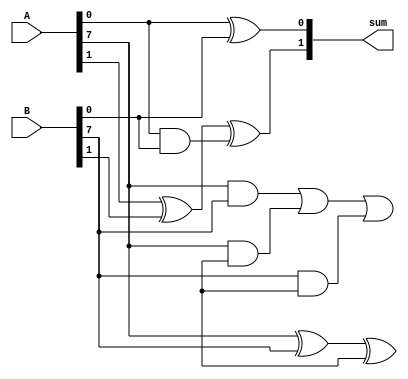
module carry_bypass_adder (
    input wire [7:0] A,
    input wire [7:0] B,
    output reg [8:0] sum
);

reg [7:0] carry;
reg [7:0] temp_sum;

initial begin
    carry[0] = 1'b0;
    temp_sum[0] = A[0] ^ B[0] ^ carry[0];
    carry[1] = (A[0] & B[0]) | (A[0] & carry[0]) | (B[0] & carry[0]);
    temp_sum[1] = A[1] ^ B[1] ^ carry[1];
    
    // The following lines repeat for 6 more full adders
    
    temp_sum[7] = A[7] ^ B[7] ^ carry[7];
    carry[8] = (A[7] & B[7]) | (A[7] & carry[7]) | (B[7] & carry[7]);
    temp_sum[8] = carry[8];
    
    sum = {carry[8], temp_sum[7:0]};
end

endmodule